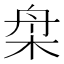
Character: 㭧